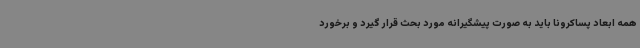
همه ابعاد پساکرونا باید به صورت پیشگیرانه مورد بحث قرار گیرد و برخورد